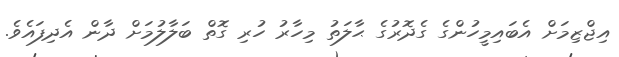
އިޖްޒިމަށް އެބައިމީހުންގެ ގެދޮރުގެ ޙާލަތު މިހާރު ހުރި ގޮތް ބަލާލުމަށް ދާން އެދިފައެވެ.